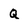
Character: Q